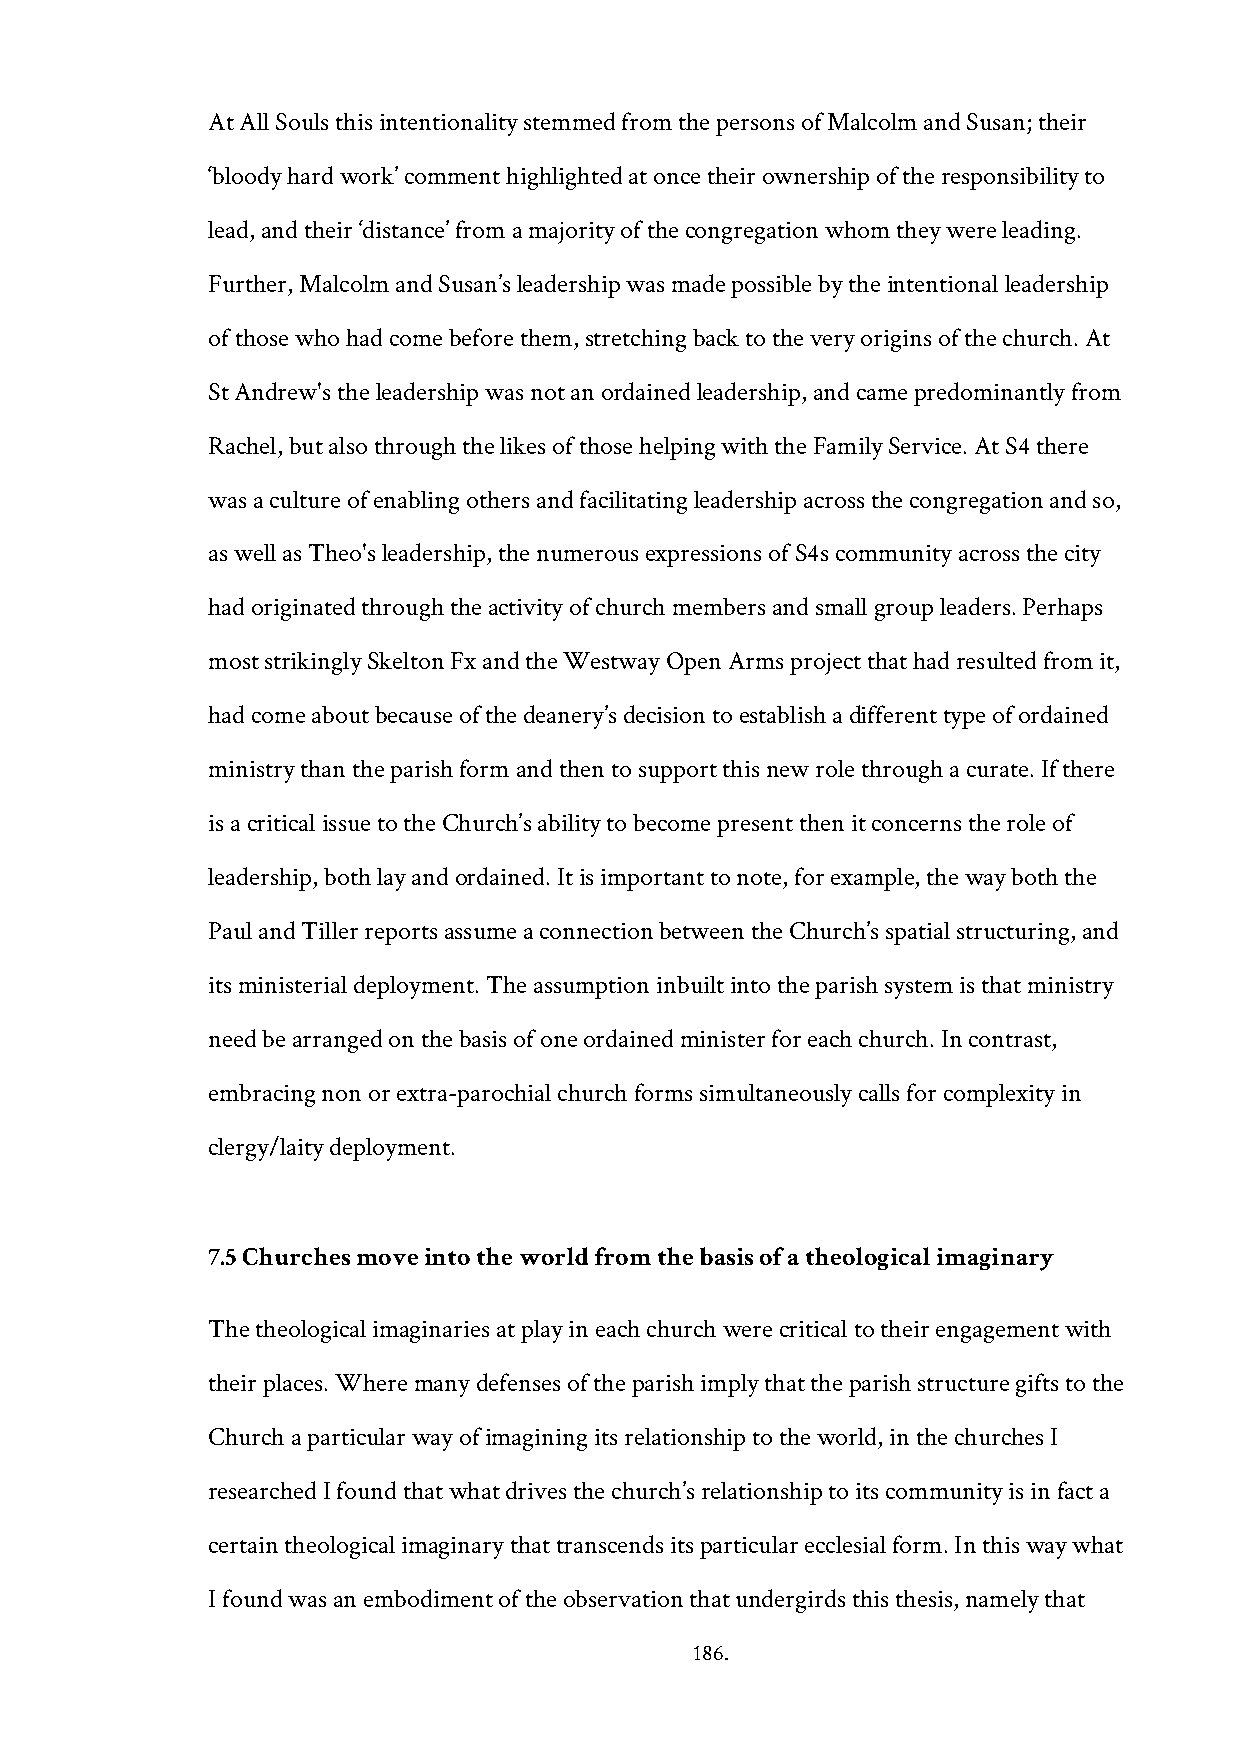
At All Souls this intentionality stemmed from the persons of Malcolm and Susan; their
 ‘bloody hard work’ comment highlighted at once their ownership of the responsibility to
 lead, and their ‘distance’ from a majority of the congregation whom they were leading.
 Further, Malcolm and Susan’s leadership was made possible by the intentional leadership
 of those who had come before them, stretching back to the very origins of the church. At
 St Andrew's the leadership was not an ordained leadership, and came predominantly from
 Rachel, but also through the likes of those helping with the Family Service. At S4 there
 was a culture of enabling others and facilitating leadership across the congregation and so,
 as well as Theo's leadership, the numerous expressions of S4s community across the city
 had originated through the activity of church members and small group leaders. Perhaps
 most strikingly Skelton Fx and the Westway Open Arms project that had resulted from it,
 had come about because of the deanery’s decision to establish a different type of ordained
 ministry than the parish form and then to support this new role through a curate. If there
 is a critical issue to the Church’s ability to become present then it concerns the role of
 leadership, both lay and ordained. It is important to note, for example, the way both the
 Paul and Tiller reports assume a connection between the Church’s spatial structuring, and
 its ministerial deployment. The assumption inbuilt into the parish system is that ministry
 need be arranged on the basis of one ordained minister for each church. In contrast,
 embracing non or extra-parochial church forms simultaneously calls for complexity in
 clergy/laity deployment.
 7.5 Churches move into the world from the basis of a theological imaginary
 The theological imaginaries at play in each church were critical to their engagement with
 their places. Where many defenses of the parish imply that the parish structure gifts to the
 Church a particular way of imagining its relationship to the world, in the churches I
 researched I found that what drives the church’s relationship to its community is in fact a
 certain theological imaginary that transcends its particular ecclesial form. In this way what
 I found was an embodiment of the observation that undergirds this thesis, namely that
 186.